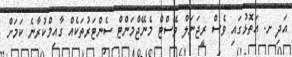
އަދި ށ. އަތޮޅުގައި ވެސް ރީޖަނަލް ވޭސްޓް މެނޭޖްމަންޓް ސެންޓަރުތަކެއް ގާއިމްކުރާނެ ކަމަށް